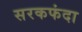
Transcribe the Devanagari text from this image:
सरकफंदा